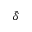
\tilde { \delta }